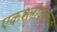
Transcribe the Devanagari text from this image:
एकश्लोकात्मक